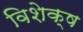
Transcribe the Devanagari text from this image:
विशेक्ष